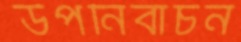
উপনির্বাচন